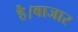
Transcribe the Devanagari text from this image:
है।बाजार